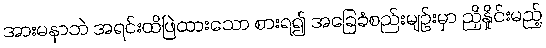
အားမနာဘဲ အရင်းထိဖြဲထားသော စားရ၍ အခြေခံစည်းမျဉ်းမှာ ညှိနှိုင်းမည့်